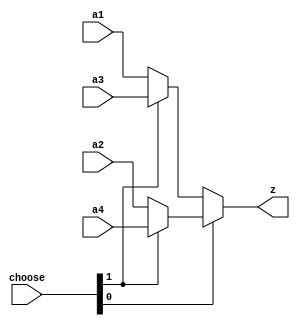
`timescale 1ns / 1ps
//////////////////////////////////////////////////////////////////////////////////
// Company: 
// Engineer: 
// 
// Design Name: 
// Module Name: MUX_4
// Project Name: 
// Target Devices: 
// Tool Versions: 
// Description: 
// 
// Dependencies: 
// 
// Revision:
// Revision 0.01 - File Created
// Additional Comments:
// 
//////////////////////////////////////////////////////////////////////////////////


module MUX_4(
    input [31:0]a1,
    input [31:0]a2,
    input [31:0]a3,
    input [31:0]a4,
    input [1:0]choose,
    output [31:0]z
    );

    assign z=(choose[0])?(choose[1]?a4:a2):(choose[1]?a3:a1);

    /*always @ (*)begin
        case(choose)
            2'b00:z<=a1;
            2'b01:z<=a2;
            2'b10:z<=a3;
            2'b11:z<=a4;
        endcase
    end*/
endmodule